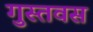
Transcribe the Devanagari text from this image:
गुस्तवस